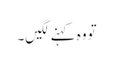
تو وہ کہنے لگیں۔